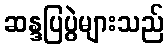
ဆန္ဒပြပွဲများသည်